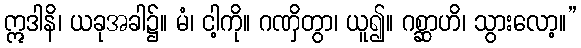
ဣဒါနိ၊ ယခုအခါ၌။ မံ၊ ငါ့ကို။ ဂဏှိတွာ၊ ယူ၍။ ဂစ္ဆာဟိ၊ သွားလော့။”